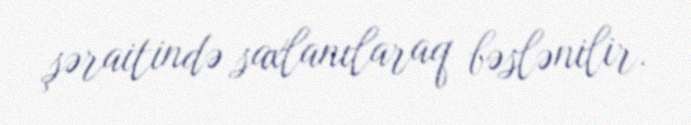
şəraitində saxlanılaraq bəslənilir.